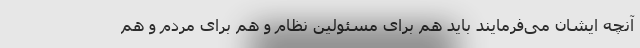
آنچه ایشان می‌فرمایند باید هم برای مسئولین نظام و هم برای مردم و هم